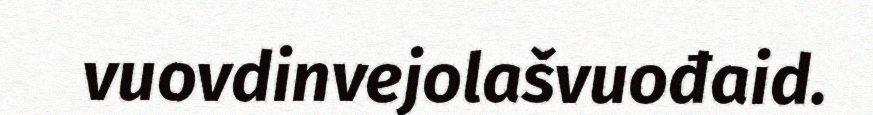
vuovdinvejolašvuođaid.